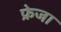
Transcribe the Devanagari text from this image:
फ्रेजा